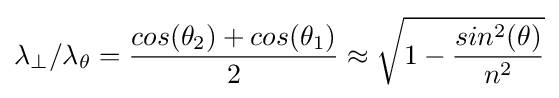
\lambda _{\perp }/\lambda _{\theta }={\frac {cos(\theta _{2})+cos(\theta _{1})}{2}}\approx {\sqrt {1-{\frac {sin^{2}(\theta )}{n^{2}}}}}